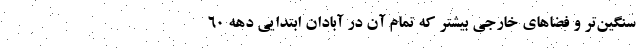
سنگین‌تر و فضا‌های خارجی بیشتر که تمام آن در آبادان ابتدایی دهه ۶۰